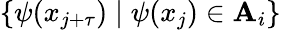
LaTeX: \{ \psi(x_{j+\tau})\mid\psi(x_{j})\in\mathbf{A}_{i}\}